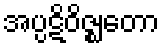
အပ္ပဋိဝိဇ္ဈတော